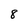
Character: 8